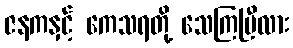
ဇနကနှင့် ကေသရတို့ သေကြပြီလား